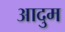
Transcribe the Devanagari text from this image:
आदुम